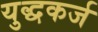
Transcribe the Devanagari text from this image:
युद्धकर्ज